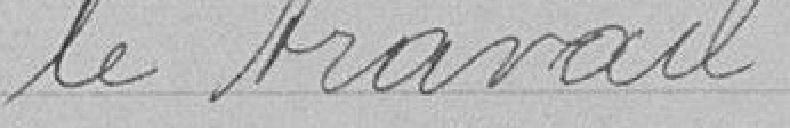
le travail.